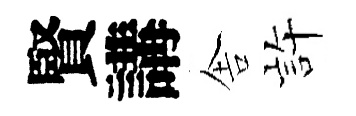
賢講舎静